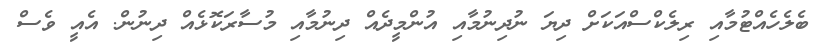
ބެލެހެއްޓުމާއި ރިލެކްސްއަކަށް ދިޔަ ނުދިނުމާއި އުންމީދެއް ދިނުމާއި މުސާރަކޮޅެއް ދިނުން. އެއީ ވެސް